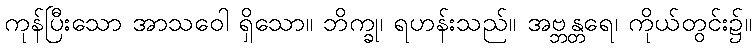
ကုန်ပြီးသော အာသဝေါ ရှိသော။ ဘိက္ခု၊ ရဟန်းသည်။ အဗ္ဘန္တရေ၊ ကိုယ်တွင်း၌။